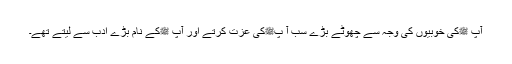
آپ ﷺکی خوبیوں کی وجہ سے چھوٹے بڑے سب آ پﷺکی عزت کرتے اور آپ ﷺکے نام بڑے ادب سے لیتے تھے۔